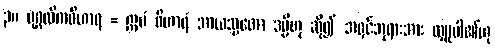
၃။ ပုဂ္ဂလိကဝိဟာရ = ဣမံ ဝိဟာရံ အာယသ္မတော ဒမ္မိဟု ဆို၍ အရှင်ဘုရားအား လှူပါ၏ဟု